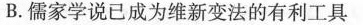
B.儒家学说已成为维新变法的有利工具